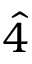
\hat { 4 }